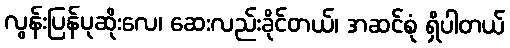
လွန်းပြန်ပုဆိုးလေ၊ ဆေးလည်းခိုင်တယ်၊ အဆင်စုံ ရှိပါတယ်